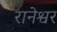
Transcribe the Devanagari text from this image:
रानेश्वर